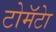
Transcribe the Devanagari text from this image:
टोमॅटेा